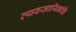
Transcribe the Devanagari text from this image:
व्यवसायिकांचे